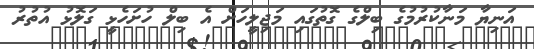
އަނިޔާ މަނާކުރުމުގެ ބިލްގެ ގޮތުގައި މަޖިލީހަށް އެ ބިލް ހުށަހެޅީ ގަލޮޅު އުތުރު